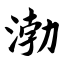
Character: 渤